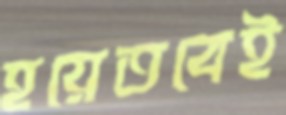
হয়েতবেই